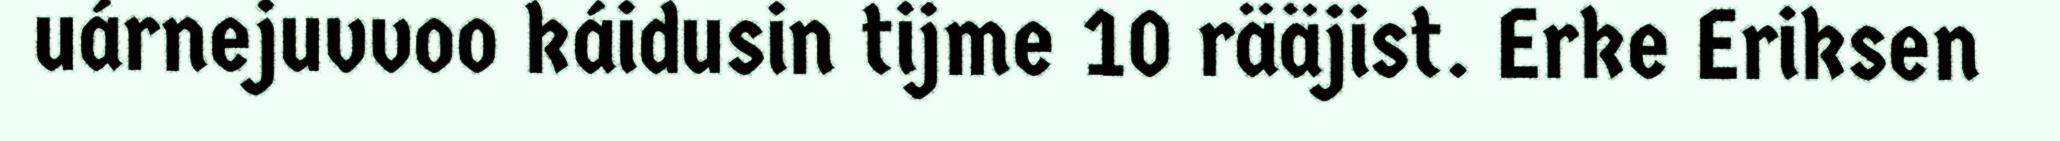
uárnejuvvoo káidusin tijme 10 rääjist. Erke Eriksen